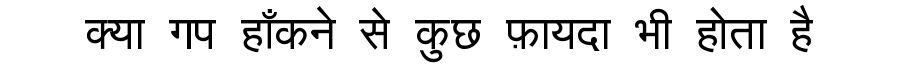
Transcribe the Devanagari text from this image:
क्या गप हाँकने से कुछ फ़ायदा भी होता है